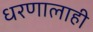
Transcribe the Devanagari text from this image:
धरणालाही